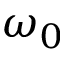
\omega _ { 0 }